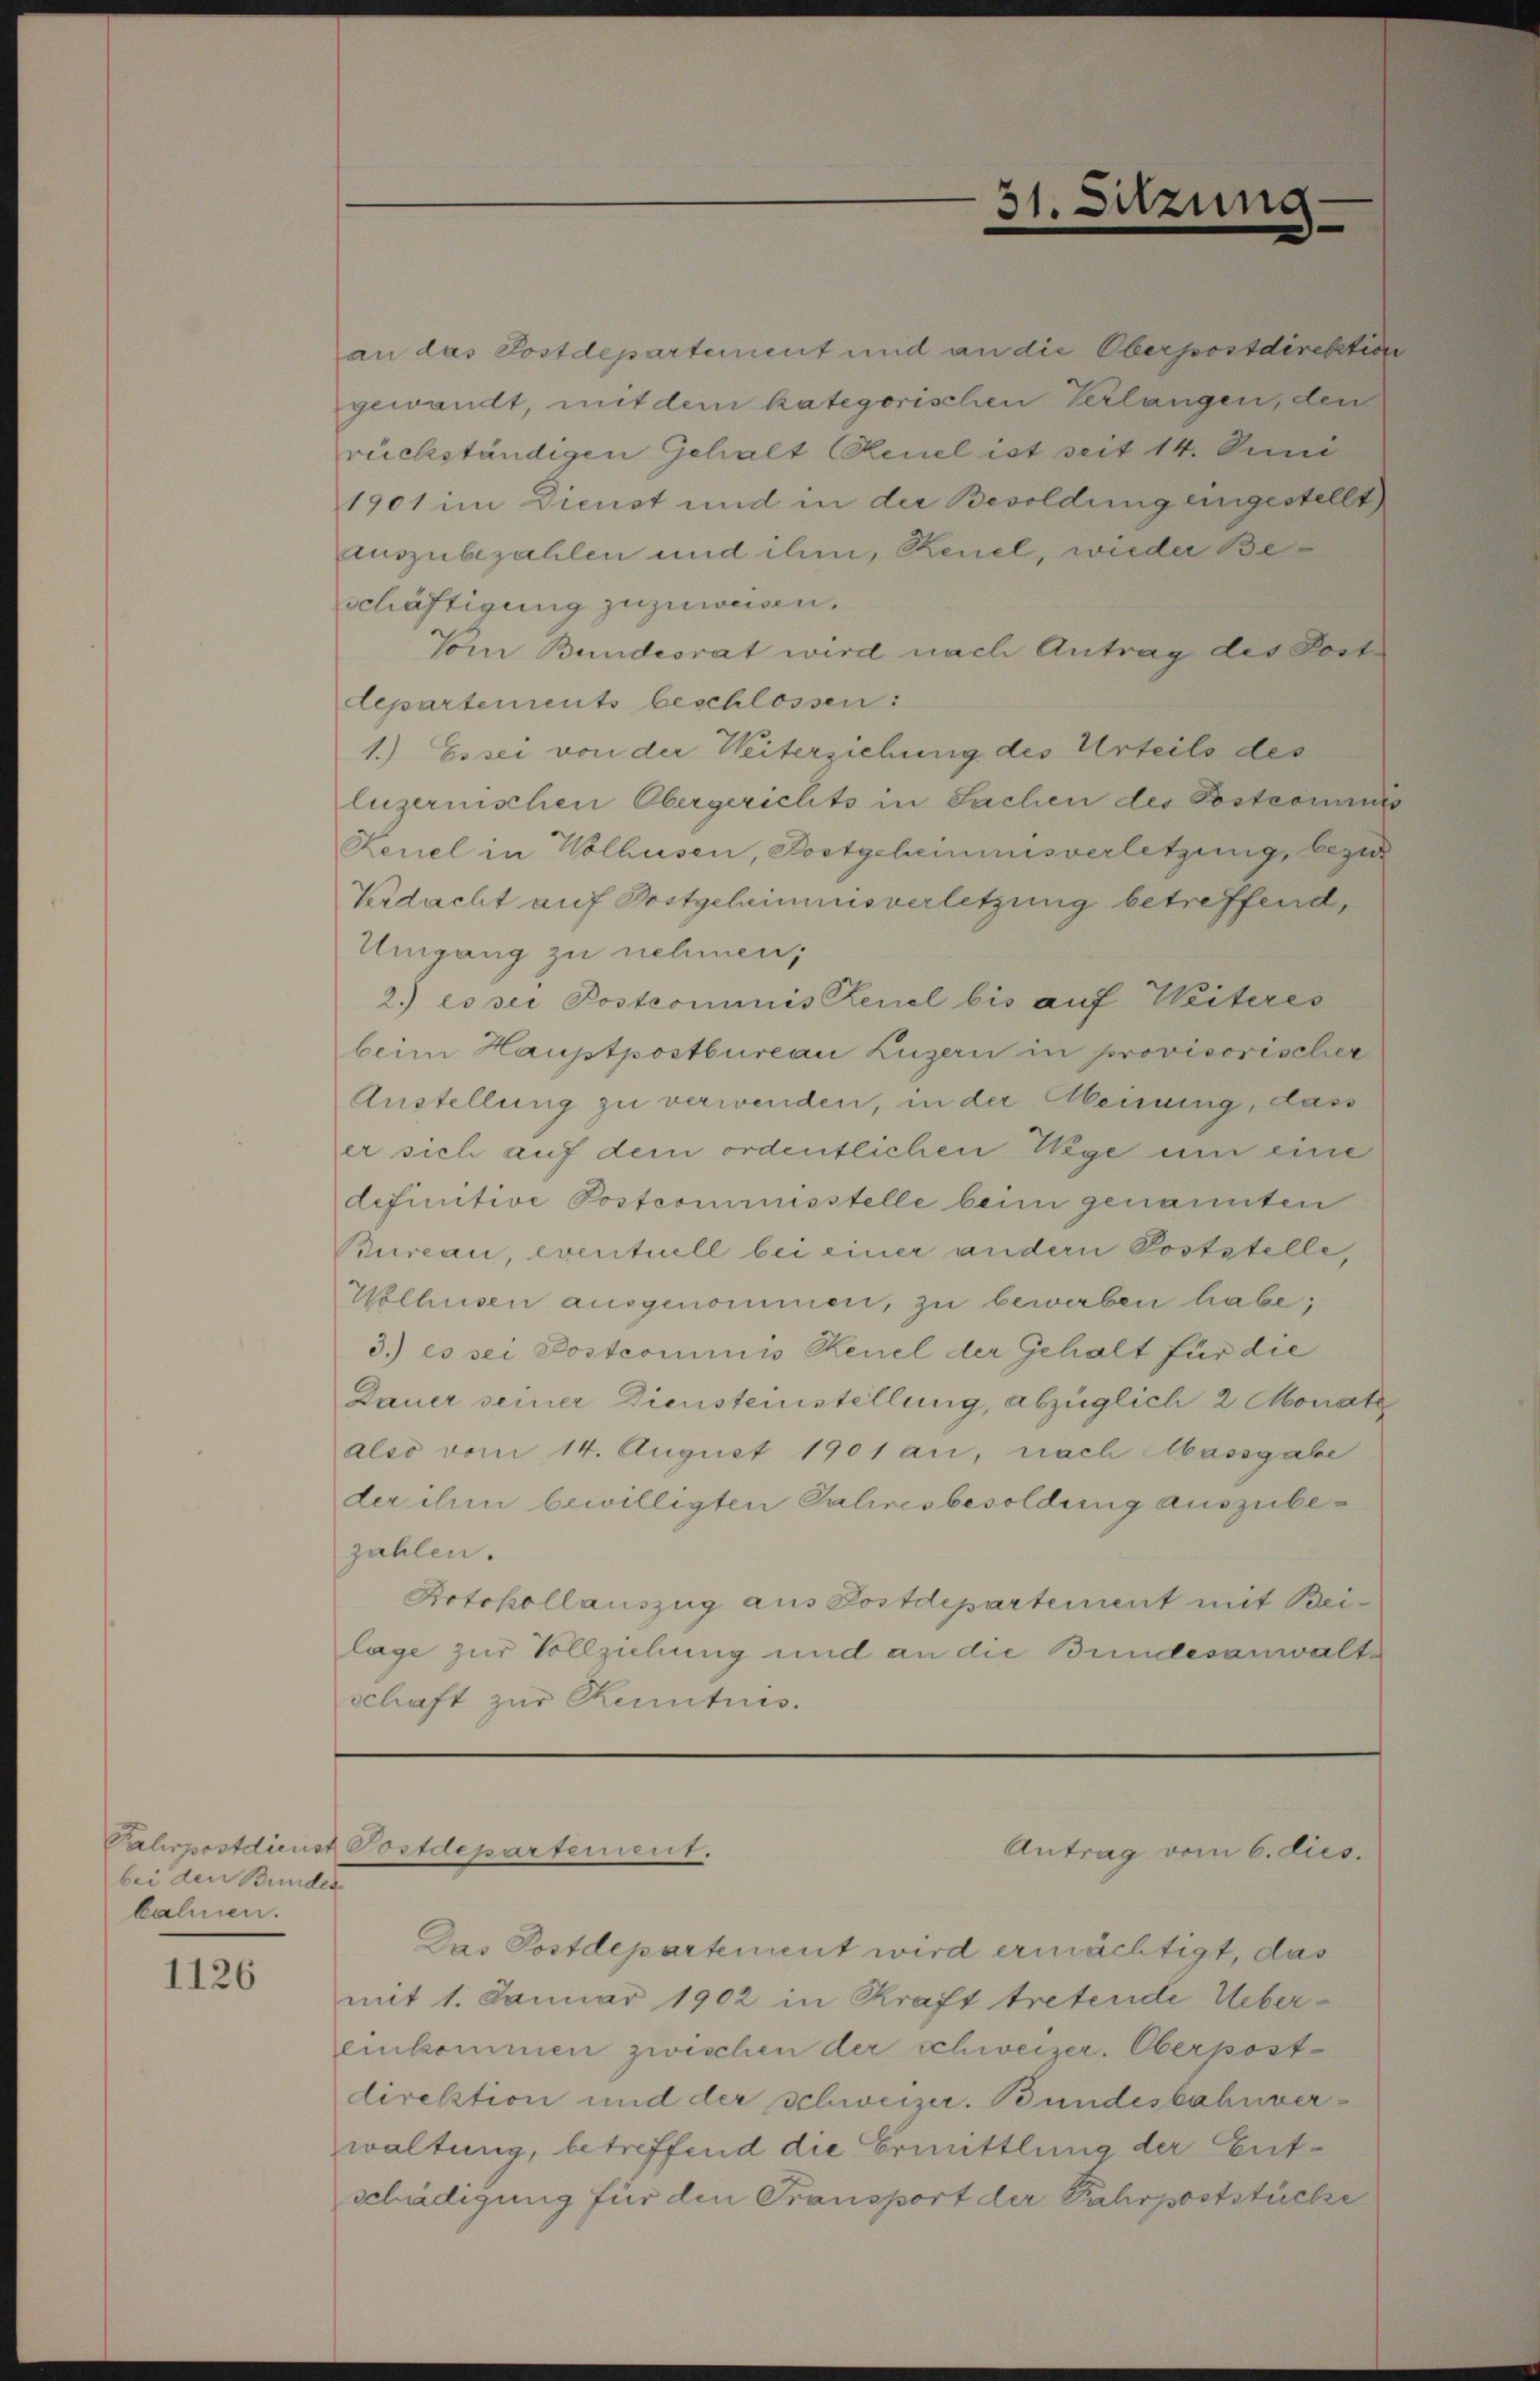
bei den Bundes
kahnen.

1126

Pahrpostdienst Postdepartement.

31.

sitzung

an das Postdepartement und an die Oberpostdirektio
gewandt, mit dem kategorischen Verlangen, den
rückständigen Gehalt Reuel ist seit 14. Juni
1901 im Dienst und in der Besoldung eingestellt
auszubezahlen und ihm, Reuel, wieder Beschäftigung zuzuweisen.
Vom Bundesrat wird nach Antrag des Post.
departements beschlossen:
1.) Es sei von der Weiterziehung des Urteils des
luzernischen Obergerichts in Sachen des Postcommiss
Keuel in Wolhusen, Postgeheimnisverletzung, bezu
Verdacht auf Postgeheimnisverletzung betreffend,
Umgang zu nehmen,
2.) es sei Postcommis Keuel bis auf Weiteres
beim Hauptpostbureau Luzern in provisorischer
Austellung zu verwenden, in der Meinung, dass
er sich auf dem ordentlichen Wege um eine
definitive Postcommisstelle beim genannten
Bureau, eventuell bei einer andern Poststelle,
Wolhusen ausgenommen, zu bewerben habe;
3.) es sei Postcommis Senel der Gehalt für die
Dauer seiner Diensteinstellung, abzüglich 2 Monate
also vom 14. August 1901 an, nach Massgabe
der ihm bewilligten Jahresbesoldung auszubezahlen.
Rotokollauszug aus Postdepartement mit Beilage zur Vollziehung und an die Bundesanwalte
schaft zur Kenntnis.

Antrag vom 6. dies

Dus Postdepartement wird ermächtigt, das
mit 1. Januar 1902 in Kraft tretende Uebereinkommen zwischen der schweizer. Oberpost-
direktion und der schweizer. Bundesbahnverwaltung, betreffend die Ermittlung der Entschädigung für den Transport der Fahrpoststücke

e